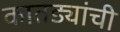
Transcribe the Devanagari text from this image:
कातड्यांची